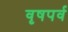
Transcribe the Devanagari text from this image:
वृषपर्व